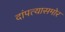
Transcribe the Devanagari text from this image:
दांपत्यासमोर